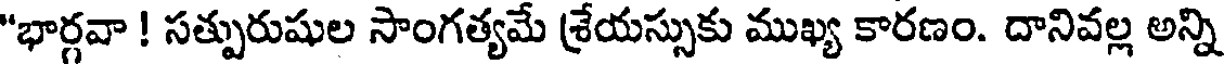
"భార్గవా ! సత్పురుషుల సాంగత్యమే శ్రేయస్సుకు ముఖ్య కారణం. దానివల్ల అన్ని